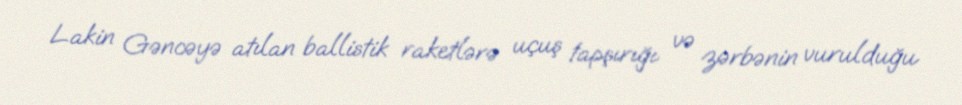
Lakin Gəncəyə atılan ballistik raketlərə uçuş tapşırığı və zərbənin vurulduğu